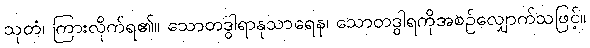
သုတံ၊ ကြားလိုက်ရ၏။ သောတဒွါရာနုသာရေန၊ သောတဒွါရကိုအစဉ်လျှောက်သဖြင့်။